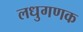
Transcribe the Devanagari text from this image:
लधुगणक